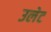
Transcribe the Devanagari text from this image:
उलेट